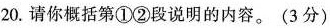
20.请你括第①②段说明的内容。